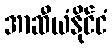
အာဆီယံနိုင်ငံ